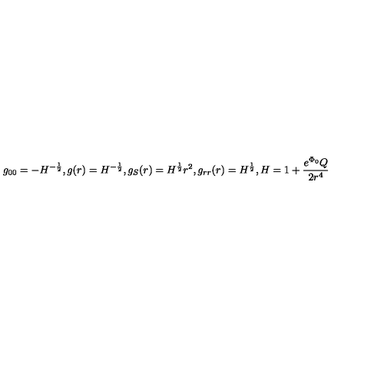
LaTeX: g _ { 0 0 } = - H ^ { - \frac { 1 } { 2 } } , g ( r ) = H ^ { - \frac { 1 } { 2 } } , g _ { S } ( r ) = H ^ { \frac { 1 } { 2 } } r ^ { 2 } , g _ { r r } ( r ) = H ^ { \frac { 1 } { 2 } } , H = 1 + \frac { e ^ { \Phi _ { 0 } } Q } { 2 r ^ { 4 } }